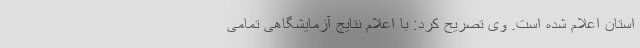
استان اعلام شده است. وی تصریح کرد: با اعلام نتایج آزمایشگاهی تمامی